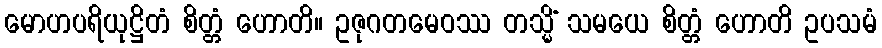
မောဟပရိယုဋ္ဌိတံ စိတ္တံ ဟောတိ။ ဥဇုဂတမေဝဿ တသ္မိံ သမယေ စိတ္တံ ဟောတိ ဥပသမံ